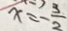
x = - \frac { 3 } { 2 }